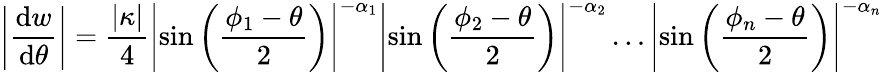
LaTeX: \left\vert\frac{\mathrm{d}w}{\mathrm{d}\theta}\right\vert=\frac{\left\vert\kappa\right\vert}{4}\left\vert\sin\left(\frac{\phi_{1}-\theta}{2}\right)\right\vert^{-\alpha_{1}}\left\vert\sin\left(\frac{\phi_{2}-\theta}{2}\right)\right\vert^{-\alpha_{2}}\ldots\left\vert\sin\left(\frac{\phi_{n}-\theta}{2}\right)\right\vert^{-\alpha_{n}}